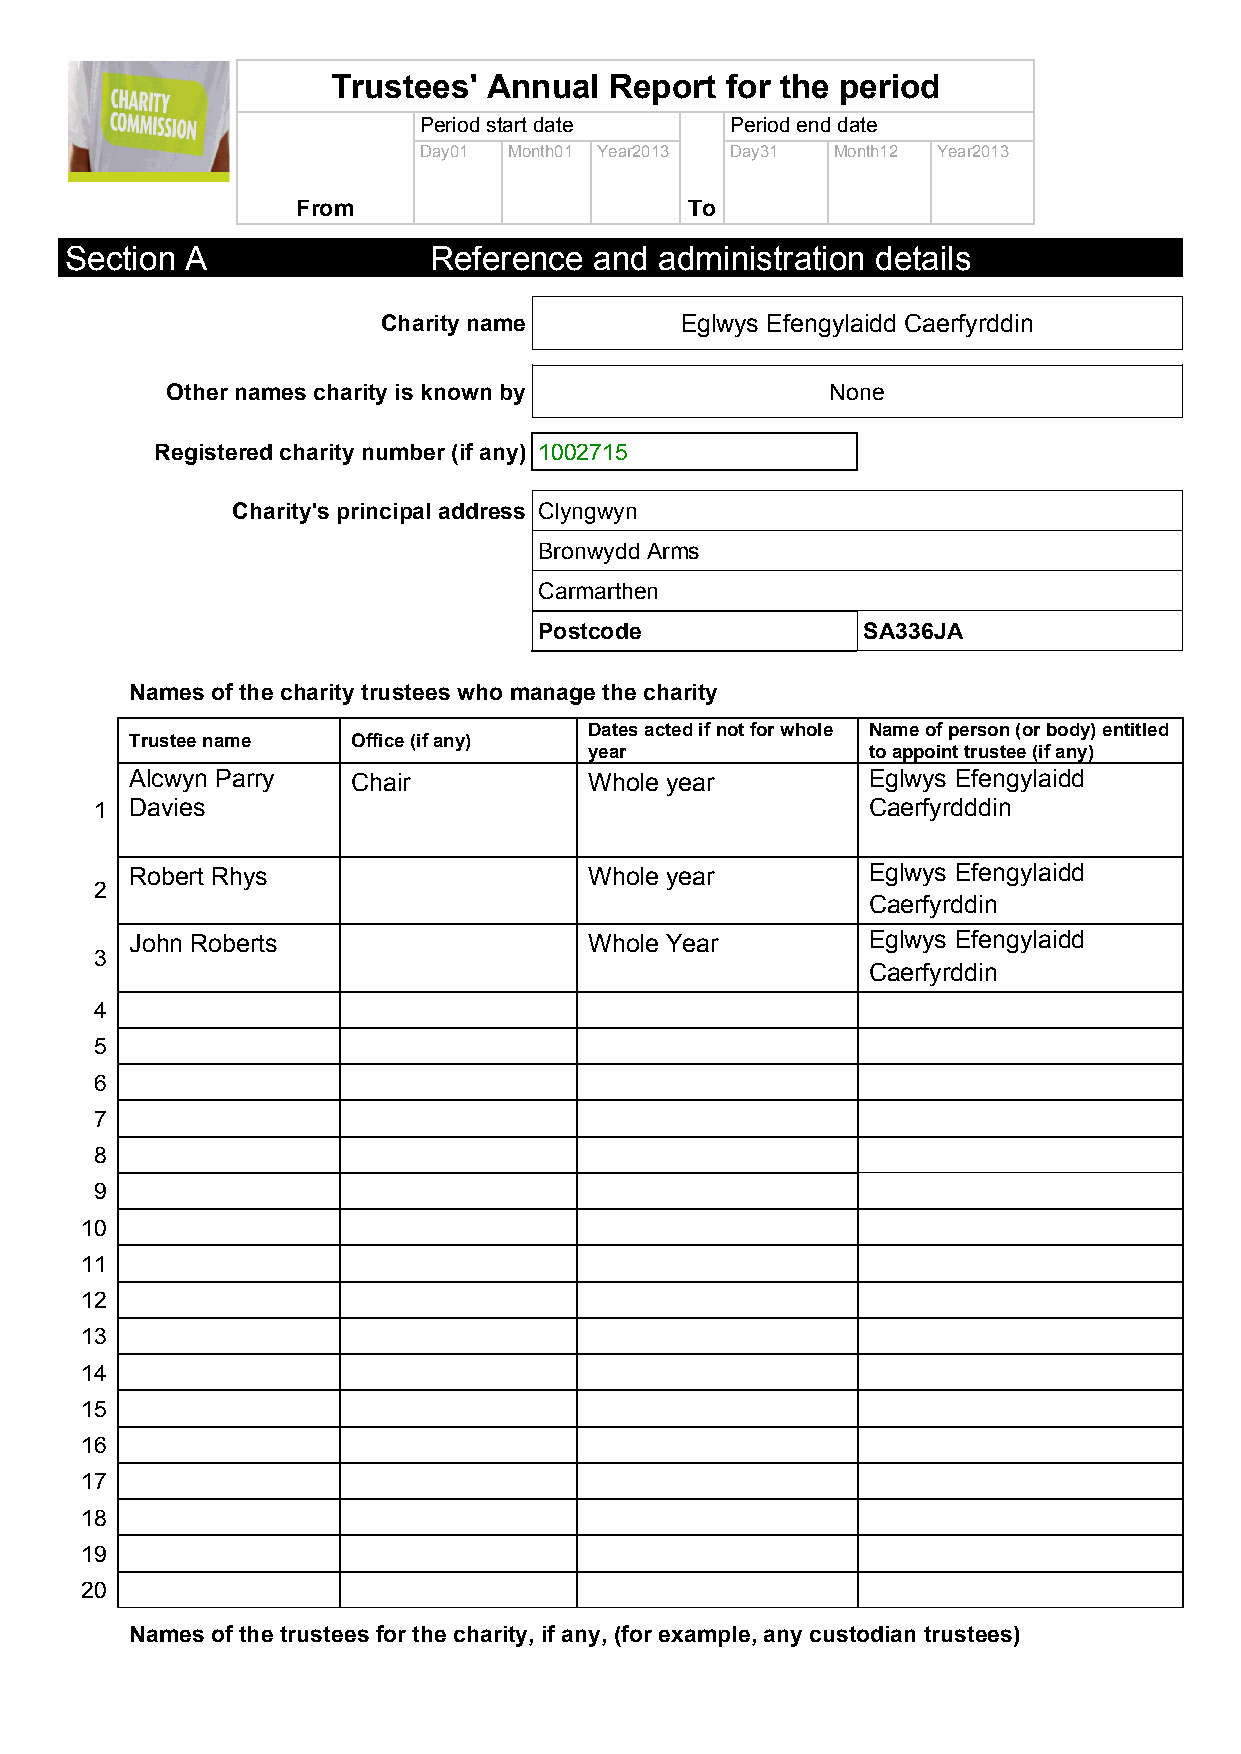
Trustees' Annual  Report  for the period
 Period start date   Period end date
 Day01 Month01 Year2013 Day31 Month12 Year2013
 From                      To
 Section A               Reference  and  administration details
 Charity name        Eglwys Efengylaidd Caerfyrddin
 Other names charity is known by             None
 Registered charity number (if any) 1002715
 Charity's principal address Clyngwyn
 Bronwydd Arms
 Carmarthen
 Postcode             SA336JA
 Names of the charity trustees who manage the charity
 Dates acted if not for whole Name of person (or body) entitled
 Trustee name  Office (if any)
 year              to appoint trustee (if any)
 Alcwyn Parry  Chair           Whole year        Eglwys Efengylaidd
 1  Davies                                          Caerfyrdddin
 Robert Rhys                   Whole year        Eglwys Efengylaidd
 2
 Caerfyrddin
 John Roberts                  Whole Year        Eglwys Efengylaidd
 3
 Caerfyrddin
 4
 5
 6
 7
 8
 9
 10
 11
 12
 13
 14
 15
 16
 17
 18
 19
 20
 Names of the trustees for the charity, if any, (for example, any custodian trustees)
 TAR                                 1                            March 2012